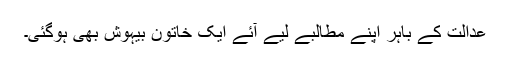
عدالت کے باہر اپنے مطالبے لیے آئے ایک خاتون بیہوش بھی ہوگئی۔